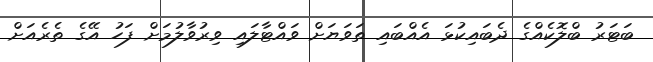
ބަޓަރު ބްލޮކެއްގެ ދެބައިކުޅަ އެއްބައި ތަވަޔަށް ވައްޓާލައި ވިރުވާލުމަށް ފަހު އޭގެ ތެެރެއަށް